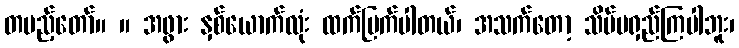
တပည့်တော်။ ။ အဖွား နှစ်ယောက်လုံး ထက်မြက်ပါတယ်၊ အသက်တော့ သိပ်မရှည်ကြပါဘူး၊